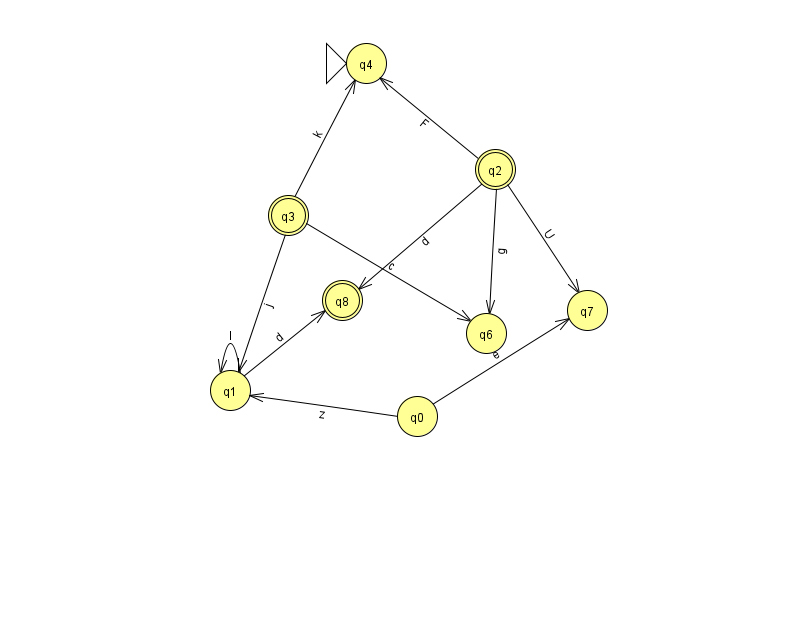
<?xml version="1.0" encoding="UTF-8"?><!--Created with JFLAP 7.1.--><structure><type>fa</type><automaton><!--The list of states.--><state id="0" name="q0"><x>417.0</x><y>403.0</y></state><state id="1" name="q1"><x>230.0</x><y>377.0</y></state><state id="2" name="q2"><x>495.0</x><y>156.0</y><final/></state><state id="3" name="q3"><x>288.0</x><y>202.0</y><final/></state><state id="4" name="q4"><x>366.0</x><y>50.0</y><initial/></state><state id="6" name="q6"><x>486.0</x><y>320.0</y></state><state id="7" name="q7"><x>587.0</x><y>297.0</y></state><state id="8" name="q8"><x>342.0</x><y>287.0</y><final/></state><!--The list of transitions.--><transition><from>0</from><to>7</to><read>e</read></transition><transition><from>1</from><to>8</to><read>d</read></transition><transition><from>3</from><to>1</to><read>j</read></transition><transition><from>3</from><to>4</to><read>k</read></transition><transition><from>1</from><to>1</to><read>I</read></transition><transition><from>2</from><to>7</to><read>U</read></transition><transition><from>0</from><to>1</to><read>z</read></transition><transition><from>2</from><to>4</to><read>F</read></transition><transition><from>3</from><to>6</to><read>c</read></transition><transition><from>2</from><to>6</to><read>g</read></transition><transition><from>2</from><to>8</to><read>d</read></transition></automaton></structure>